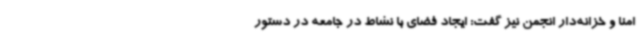
امنا و خزانه‌دار انجمن نیز گفت: ایجاد فضای با نشاط در جامعه در دستور